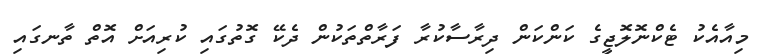
މިއާއެކު ޓެކްނޮލޮޖީގެ ކަންކަން ދިރާސާކުރާ ފަރާތްތަކުން ދެކޭ ގޮތުގައި ކުރިއަށް އޮތް ތާނގައި